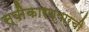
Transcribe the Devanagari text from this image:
स्वीेकारण्यारची